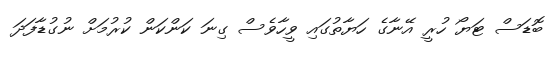
ބޮޑަސް ޓަޔޯ ހުރީ އޭނާގެ ހަޔާތުގައި ވީހާވެސް ގިނަ ކަންކަން ކުރުމަށް ނުގުޑާފަދަ